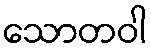
သောတဝါ